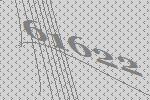
61622